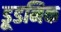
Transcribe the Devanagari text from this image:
डूडनिक